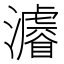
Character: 𤃒